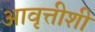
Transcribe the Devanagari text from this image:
आवृत्तीशी